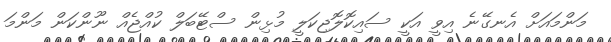
މަންމައަށް އެނގޭނެ އިވީ އަކީ ސައިކޮލޮޖިކަލީ މުޅިން ސްޓޭބަލް ކުއްޖެއް ނޫންކަން މަންމަ